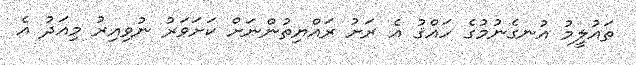
ތައުލީމު އުނގެނުމުގެ ހައްޤު އެ ރަށު ރައްޔިތުންނަށް ކަށަވަރު ނުވިއިރު މިއަދު އެ